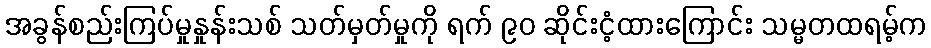
အခွန်စည်းကြပ်မှုနှုန်းသစ် သတ်မှတ်မှုကို ရက် ၉၀ ဆိုင်းငံ့ထားကြောင်း သမ္မတထရမ့်က